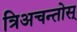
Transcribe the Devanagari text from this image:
त्रिअचन्तोस्